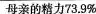
母亲的精力73.9%